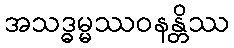
အသဒ္ဓမ္မဿဝနန္တိဿ